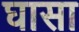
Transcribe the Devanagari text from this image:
घासा